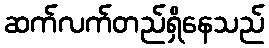
ဆက်လက်တည်ရှိနေသည်